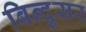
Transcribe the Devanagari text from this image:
बिन्दुसर